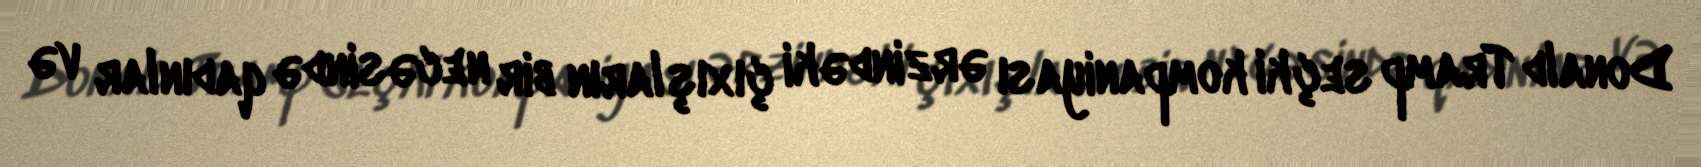
Donald Tramp seçki kompaniyası ərzindəki çıxışların bir necəsində qadınlar və